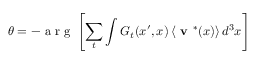
\boldsymbol { \theta } = - \mathrm { ~ a ~ r ~ g ~ } \left[ \sum _ { t } \int G _ { t } ( x ^ { \prime } , x ) \left< \textbf { v } ^ { * } ( x ) \right> d ^ { 3 } x \right]